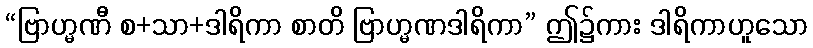
“ဗြာဟ္မဏီ စ+သာ+ဒါရိကာ စာတိ ဗြာဟ္မဏဒါရိကာ” ဤ၌ကား ဒါရိကာဟူသော